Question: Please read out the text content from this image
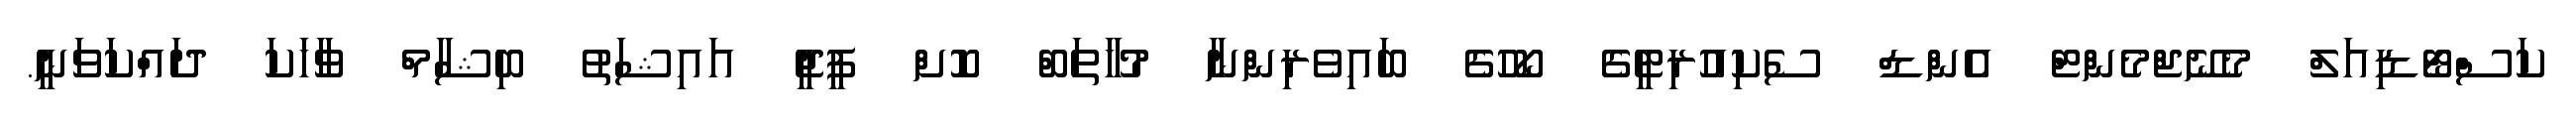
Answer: ކަސްޓޯޑިއަލް މެނޭޖްމެންޓް އެންޑް ސެކިއުރިޓީގެ ކޯހުގެ ބައިވެރިންނާ މުހާތަބް ކޮށް ޕީޖީ އައިޝަތު ބިޝާމް ވާހަކަ ދައްކަވަނީ.